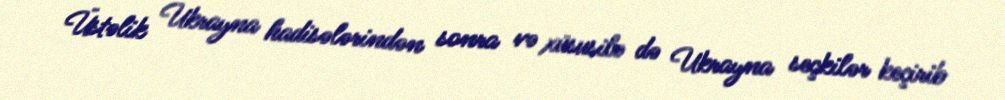
Üstəlik Ukrayna hadisələrindən sonra və xüsusilə də Ukrayna seçkilər keçirib